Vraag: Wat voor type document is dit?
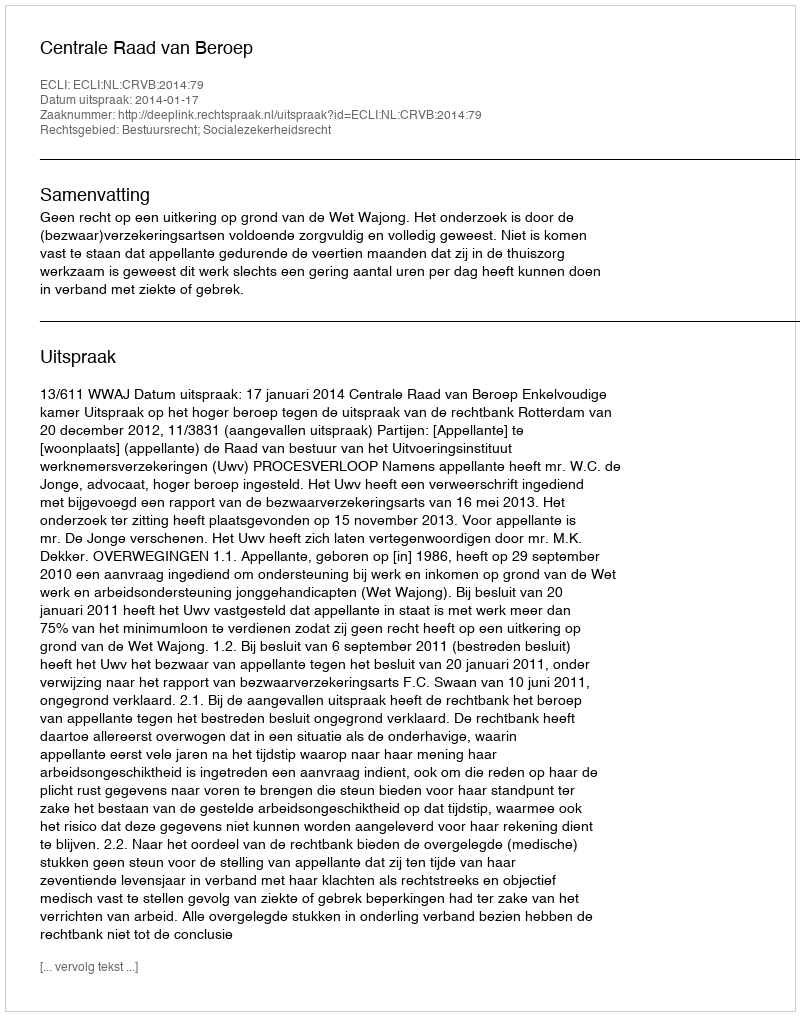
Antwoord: Uitspraak